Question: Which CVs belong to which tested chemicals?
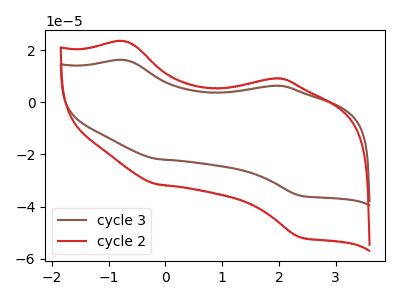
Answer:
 <answer>The brown curve is labeled "cycle 3". The red curve is labeled "cycle 2".</answer>
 <eval></eval>